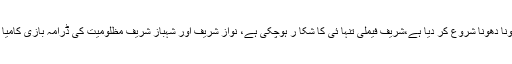
اقتدار جاتا دیکھ کر رونا دھونا شروع کر دیا ہے،شریف فیملی تنہا ئی کا شکا ر ہوچکی ہے، نواز شریف اور شہباز شریف مظلومیت کی ڈرامہ بازی کامیا ب نہیں ہو سکے گی۔